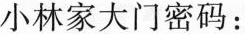
小林家大门密码：